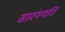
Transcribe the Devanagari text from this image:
सारंगगति